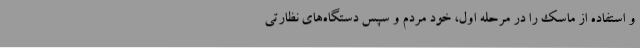
و استفاده از ماسک را در مرحله اول، خود مردم و سپس دستگاه‌های نظارتی